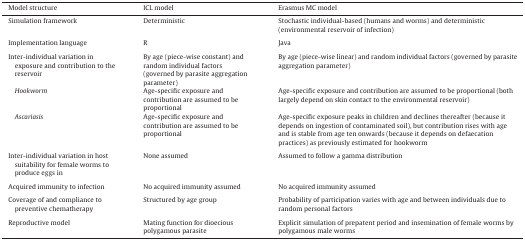
<table><thead><tr><td><b>Model structure</b></td><td><b>ICL model</b></td><td><b>Erasmus MC model</b></td></tr></thead><tbody><tr><td>Simulation framework</td><td>Deterministic</td><td>Stochastic individual-based (humans and worms) and deterministic (environmental reservoir of infection)</td></tr><tr><td colspan="3">  </td></tr><tr><td>Implementation language</td><td>R</td><td>Java</td></tr><tr><td colspan="3">  </td></tr><tr><td>Inter-individual variation in exposure and contribution to the reservoir</td><td>By age (piece-wise constant) and random individual factors (governed by parasite aggregation parameter)</td><td>By age (piece-wise linear) and random individual factors (governed by parasite aggregation parameter)</td></tr><tr><td><i> Hookworm</i></td><td>Age-specific exposure and contribution are assumed to be proportional</td><td>Age-specific exposure and contribution are assumed to be proportional (both largely depend on skin contact to the environmental reservoir)</td></tr><tr><td><i> Ascariasis</i></td><td>Age-specific exposure and contribution are assumed to be proportional</td><td>Age-specific exposure peaks in children and declines thereafter (because it depends on ingestion of contaminated soil), but contribution rises with age and is stable from age ten onwards (because it depends on defaecation practices) as previously estimated for hookworm</td></tr><tr><td colspan="3">  </td></tr><tr><td>Inter-individual variation in host suitability for female worms to produce eggs in</td><td>None assumed</td><td>Assumed to follow a gamma distribution</td></tr><tr><td colspan="3">  </td></tr><tr><td>Acquired immunity to infection</td><td>No acquired immunity assumed</td><td>No acquired immunity assumed</td></tr><tr><td colspan="3">  </td></tr><tr><td>Coverage of and compliance to preventive chematherapy</td><td>Structured by age group</td><td>Probability of participation varies with age and between individuals due to random personal factors</td></tr><tr><td colspan="3">  </td></tr><tr><td>Reproductive model</td><td>Mating function for dioecious polygamous parasite</td><td>Explicit simulation of prepatent period and insemination of female worms by polygamous male worms</td></tr></tbody></table>